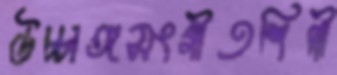
উচ্চাঙ্গসংগীতশিল্পী